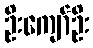
ဦးကျော်ဦး